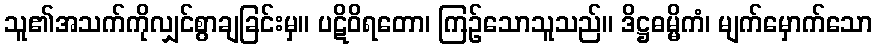
သူ၏အသက်ကိုလျှင်စွာချခြင်းမှ။ ပဋိဝိရတော၊ ကြဉ်သောသူသည်။ ဒိဋ္ဌဓမ္မိကံ၊ မျက်မှောက်သော